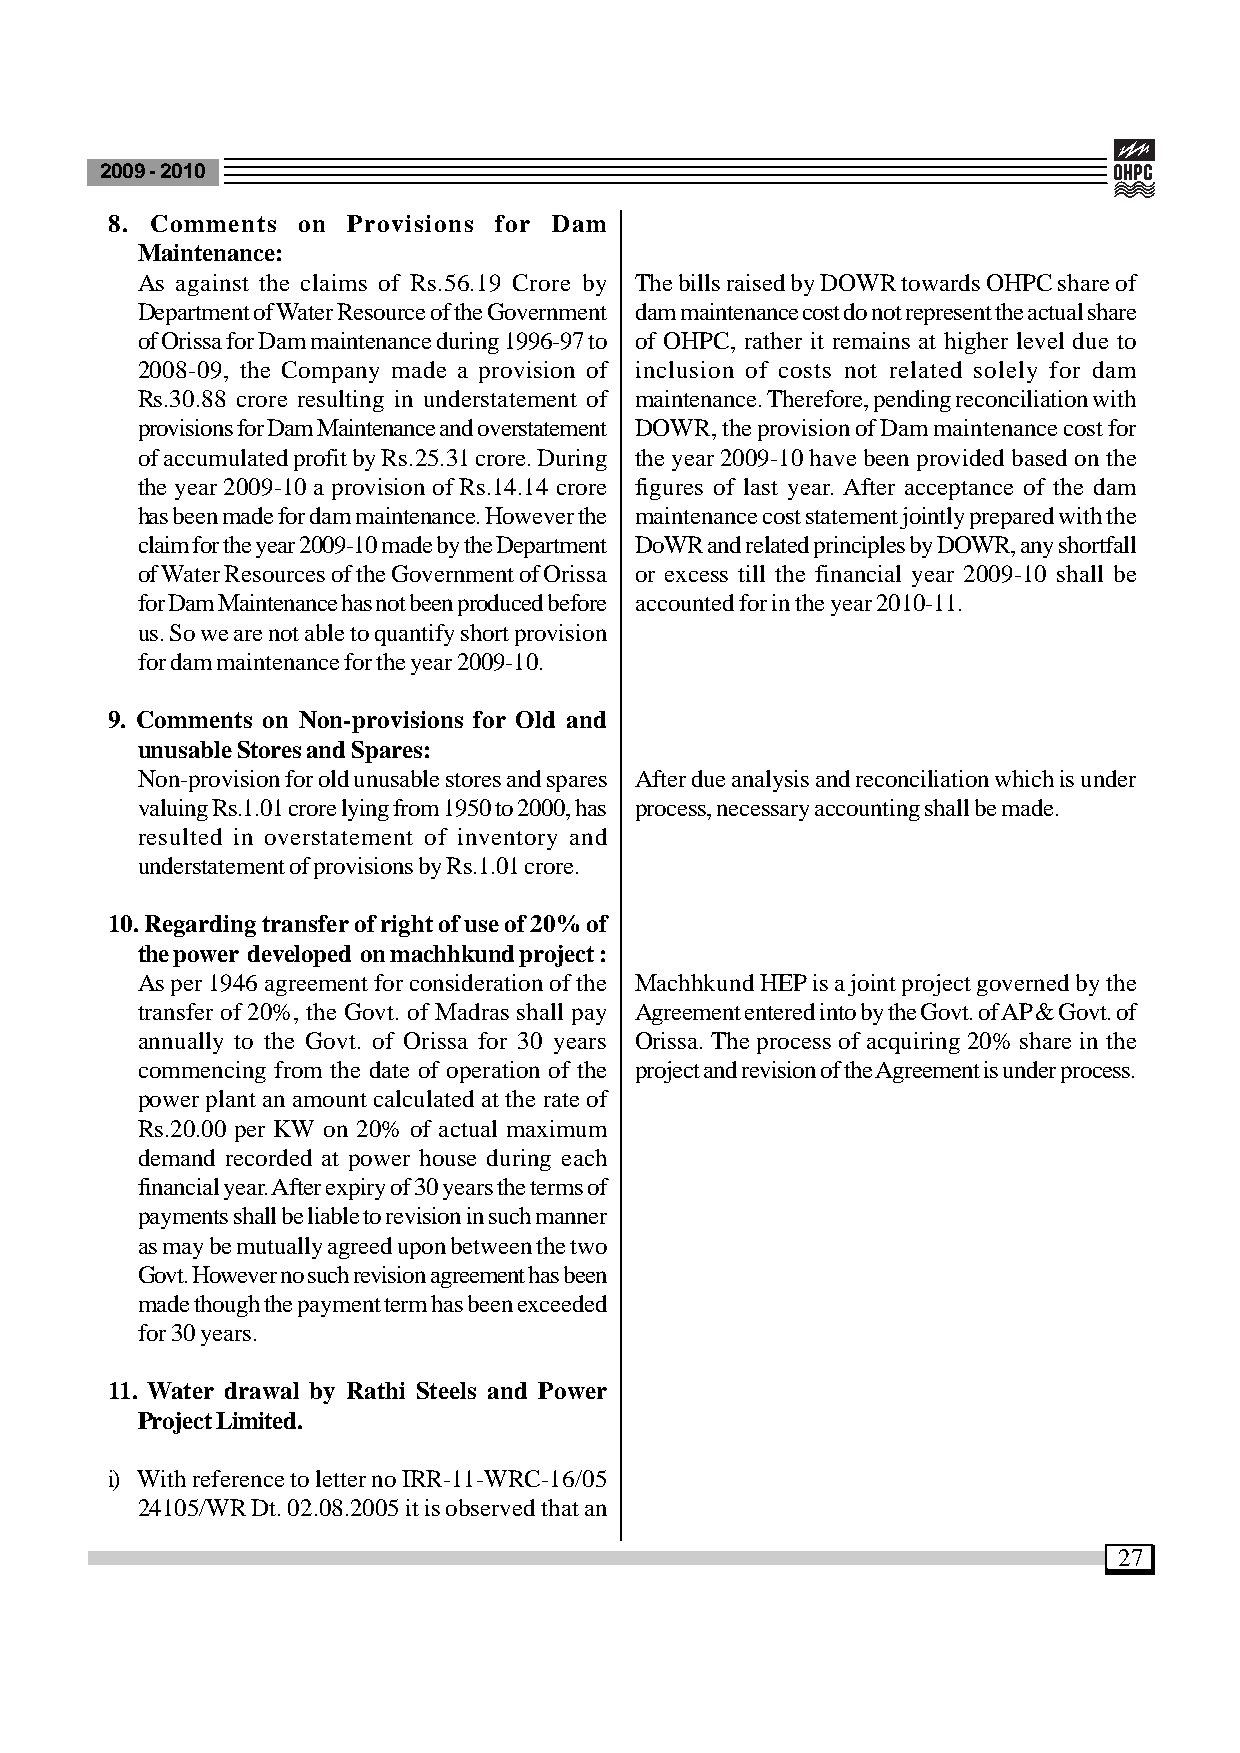
2009 - 2010
 8. Comments  on Provisions for Dam
 Maintenance:
 As against the claims of Rs.56.19 Crore by The bills raised by DOWR towards OHPC share of
 Department of Water Resource of the Government dam maintenance cost do not represent the actual share
 of Orissa for Dam maintenance during 1996-97 to of OHPC, rather it remains at higher level due to
 2008-09, the Company made a provision of inclusion of costs not related solely for dam
 Rs.30.88 crore resulting in understatement of maintenance. Therefore, pending reconciliation with
 provisions for Dam Maintenance and overstatement DOWR, the provision of Dam maintenance cost for
 of accumulated profit by Rs.25.31 crore. During the year 2009-10 have been provided based on the
 the year 2009-10 a provision of Rs.14.14 crore figures of last year. After acceptance of the dam
 has been made for dam maintenance. However the maintenance cost statement jointly prepared with the
 claim for the year 2009-10 made by the Department DoWR and related principles by DOWR, any shortfall
 of Water Resources of the Government of Orissa or excess till the financial year 2009-10 shall be
 for Dam Maintenance has not been produced before accounted for in the year 2010-11.
 us. So we are not able to quantify short provision
 for dam maintenance for the year 2009-10.
 9. Comments on Non-provisions for Old and
 unusable Stores and Spares:
 Non-provision for old unusable stores and spares After due analysis and reconciliation which is under
 valuing Rs.1.01 crore lying from 1950 to 2000, has process, necessary accounting shall be made.
 resulted in overstatement of inventory and
 understatement of provisions by Rs.1.01 crore.
 10. Regarding transfer of right of use of 20% of
 the power developed on machhkund project :
 As per 1946 agreement for consideration of the Machhkund HEP is a joint project governed by the
 transfer of 20%, the Govt. of Madras shall pay Agreement entered into by the Govt. of AP & Govt. of
 annually to the Govt. of Orissa for 30 years Orissa. The process of acquiring 20% share in the
 commencing from the date of operation of the project and revision of the Agreement is under process.
 power plant an amount calculated at the rate of
 Rs.20.00 per KW on 20% of actual maximum
 demand recorded at power house during each
 financial year. After expiry of 30 years the terms of
 payments shall be liable to revision in such manner
 as may be mutually agreed upon between the two
 Govt. However no such revision agreement has been
 made though the payment term has been exceeded
 for 30 years.
 11. Water drawal by Rathi Steels and Power
 Project Limited.
 i) With reference to letter no IRR-11-WRC-16/05
 24105/WR Dt. 02.08.2005 it is observed that an
 27